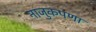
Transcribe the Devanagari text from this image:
नाजुकपणा